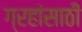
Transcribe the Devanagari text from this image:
ग्रहांसाठी